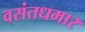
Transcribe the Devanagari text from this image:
वसंतधमार